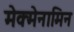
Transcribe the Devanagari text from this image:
मेक्मेनामिन